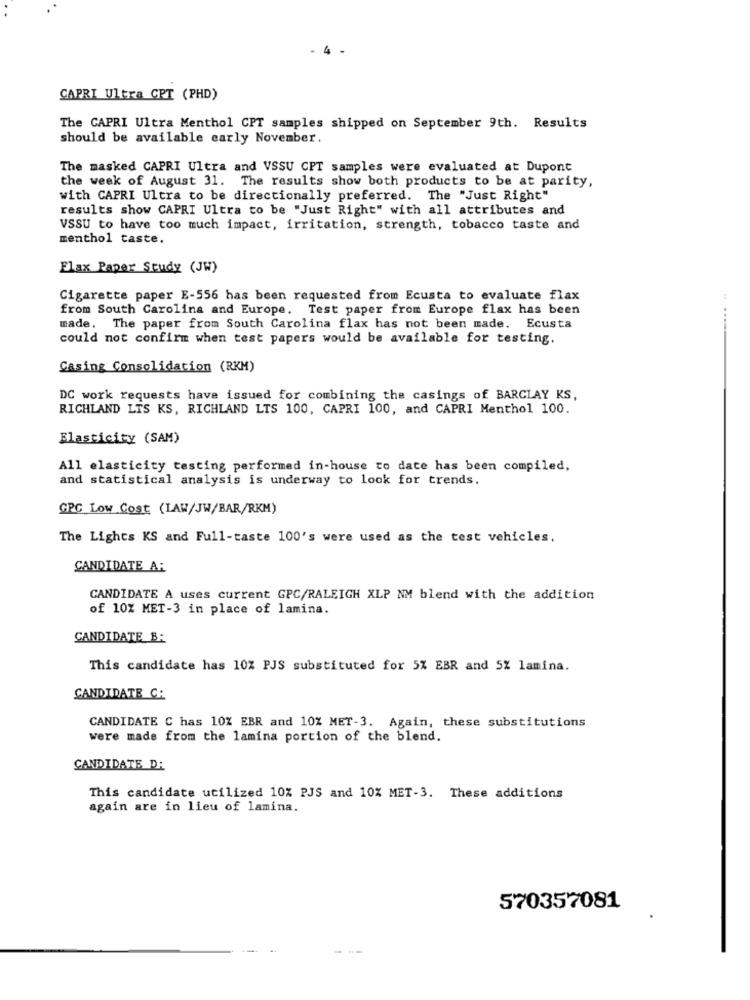
4
CAPRI Ultra GPT (PHD)
The CAPRI Ultra Menthol CPT samples shipped on September 9th. Results
should be available early November.
The masked CAPRI Ultra and VSSU CPT samples were evaluated at Dupont
the week of August 31. The results show both products to be at parity,
with CAPRI Ultra to be directionally preferred. The "Just Right"
results show CAPRI Ultra to be "Just Right" with all attributes and
VSSU to have too much impact, irritation, strength, tobacco taste and
menthol taste.
Flax Paper Study (JW)
Cigarette paper E-556 has been requested from Ecusta to evaluate flax
:
from South Carolina and Europe. Test paper from Europe flax has been
made. The paper from South Carolina flax has not been made. Ecusta
....
could not confirm when test papers would be available for testing.
Casing Consolidation (RKM)
DC work requests have issued for combining the casings of BARCLAY KS,
RICHLAND LTS KS, RICHLAND LTS 100, CAPRI 100, and CAPRI Menthol 100.
Elasticity (SAM)
All elasticity testing performed in-house to date has been compiled,
and statistical analysis is underway to look for trends.
GRC Low Cost (LAW/JW/BAR/RKM)
The Lights KS and Full-taste 100's were used as the test vehicles.
CANDIDATE A:
CANDIDATE A uses current GPC/RALEIGH XLP NM blend with the addition
of 10% MET-3 in place of lamina.
CANDIDATE B.
This candidate has 10% PJS substituted for 5% EBR and 5% lamina.
CANDIDATE CA
CANDIDATE C has 10% EBR and 10% MET-3. Again, these substitutions
were made from the lamina portion of the blend.
CANDIDATE D:
This candidate utilized 10% PJS and 10% MET-3. These additions
again are in lieu of lamina.
570357081